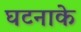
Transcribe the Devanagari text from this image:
घटनाके